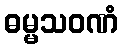
ဓမ္မသဝဏံ